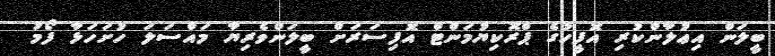
ބީލަން އިޢުލާންކުރި އޮފީހުގެ ޕްރޮކިޔުމަންޓް އޮފިސަރަށް ބީލަންވެރިޔާ މައްސަލަ ހުށަހަޅާ ފޯމު